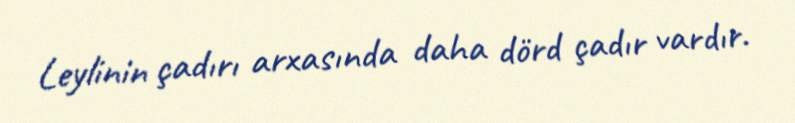
Leylinin çadırı arxasında daha dörd çadır vardır.